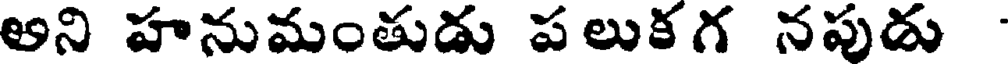
అని హనుమంతుడు పలుకగ నపుడు